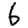
Digit: 6